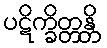
ပဋိက္ခိတ္တန္တိ